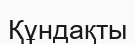
Құндақты